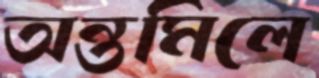
অন্তমিলে